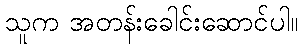
သူက အတန်းခေါင်းဆောင်ပါ။